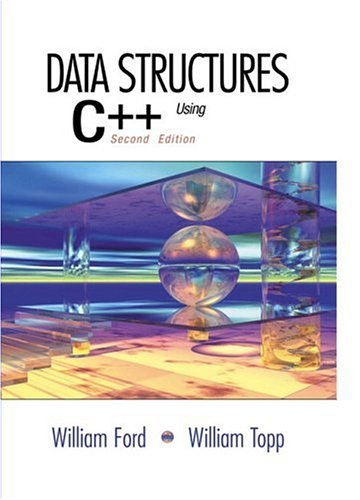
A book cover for Data Structures with C++ Using STL (2nd Edition); William H. Ford; Computers & Technology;